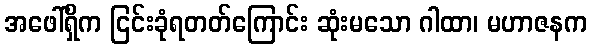
အဖေါ်ရှိက ငြင်းခုံရတတ်ကြောင်း ဆုံးမသော ဂါထာ၊ မဟာဇနက